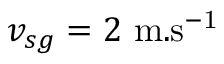
v _ { s g } = 2 ~ \mathrm { m . s ^ { - 1 } }